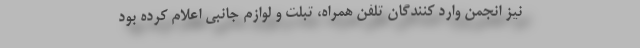
نیز انجمن وارد کنندگان تلفن همراه، تبلت و لوازم جانبی اعلام کرده بود